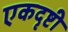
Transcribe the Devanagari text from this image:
एकदृष्टी